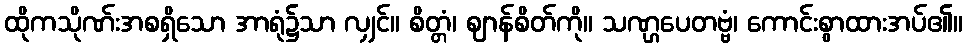
ထိုကသိုဏ်းအစရှိသော အာရုံ၌သာ လျှင်။ စိတ္တံ၊ ဈာန်စိတ်ကို။ သဏ္ဌပေတဗ္ဗံ၊ ကောင်းစွာထားအပ်၏။